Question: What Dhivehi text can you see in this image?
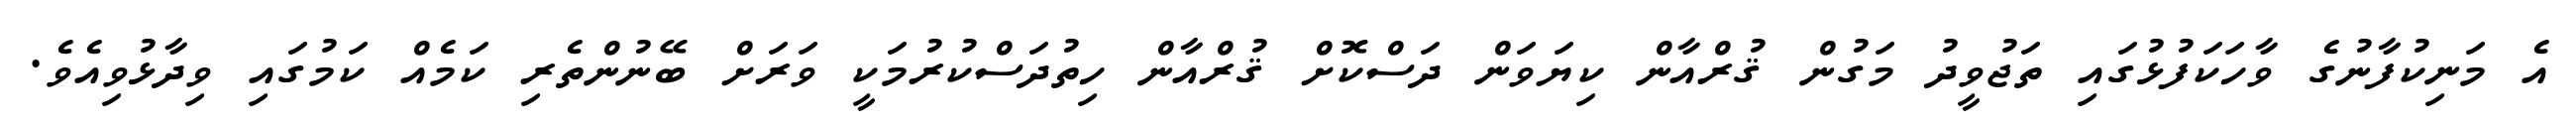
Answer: އެ މަނިކުފާނުގެ ވާހަކަފުޅުގައި ތަޖުވީދު މަގުން ޤުރްއާން ކިޔަވަން ދަސްކޮށް ޤުރްއާން ހިތުދަސްކުރުމަކީ ވަރަށް ބޭނުންތެރި ކަމެއް ކަމުގައި ވިދާޅުވިއެވެ.